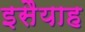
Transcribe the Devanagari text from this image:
इसैयाह